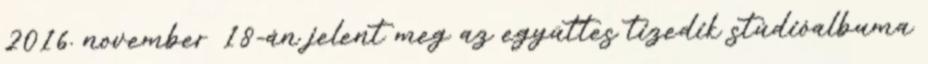
2016. november 18-án jelent meg az együttes tizedik stúdióalbuma